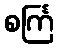
စင်္ကြ